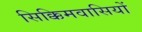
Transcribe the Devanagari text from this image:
सिक्किमवासियों